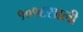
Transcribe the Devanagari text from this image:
१०१६साली